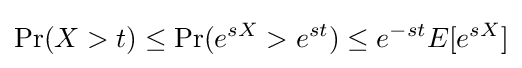
\Pr(X>t)\leq \Pr(e^{sX}>e^{st})\leq e^{-st}E[e^{sX}]